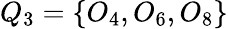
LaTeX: Q_{3}=\{ O_{4},O_{6},O_{8}\}